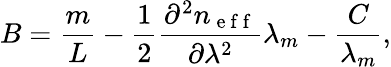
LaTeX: B=\frac{m}{L}-\frac{1}{2}\frac{\partial^{2}n_{\mathrm{~e~f~f~}}}{\partial\lambda^{2}}\lambda_{m}-\frac{C}{\lambda_{m}},